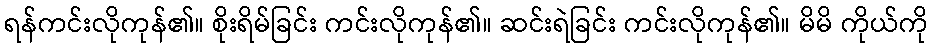
ရန်ကင်းလိုကုန်၏။ စိုးရိမ်ခြင်း ကင်းလိုကုန်၏။ ဆင်းရဲခြင်း ကင်းလိုကုန်၏။ မိမိ ကိုယ်ကို